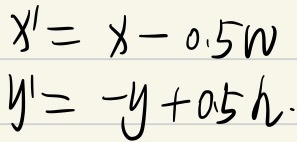
\[
\begin{align*}
x'&=x - 0.5W\\
y'&=-y + 0.5h
\end{align*}
\]